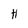
Character: H